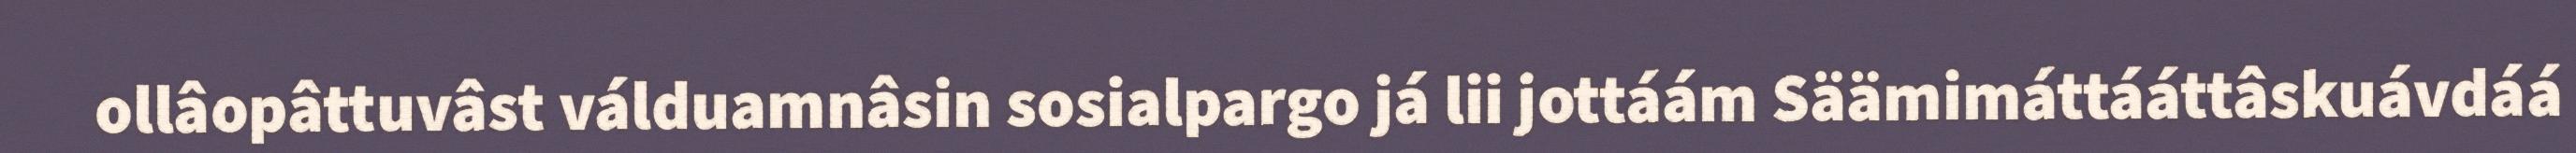
ollâopâttuvâst válduamnâsin sosialpargo já lii jottáám Säämimáttááttâskuávdáá